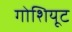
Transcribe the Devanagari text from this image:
गोशियूट